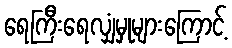
ရေကြီးရေလျှံမှုများကြောင့်